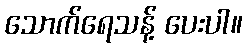
သောက်ရေသန့် ပေးပါ။